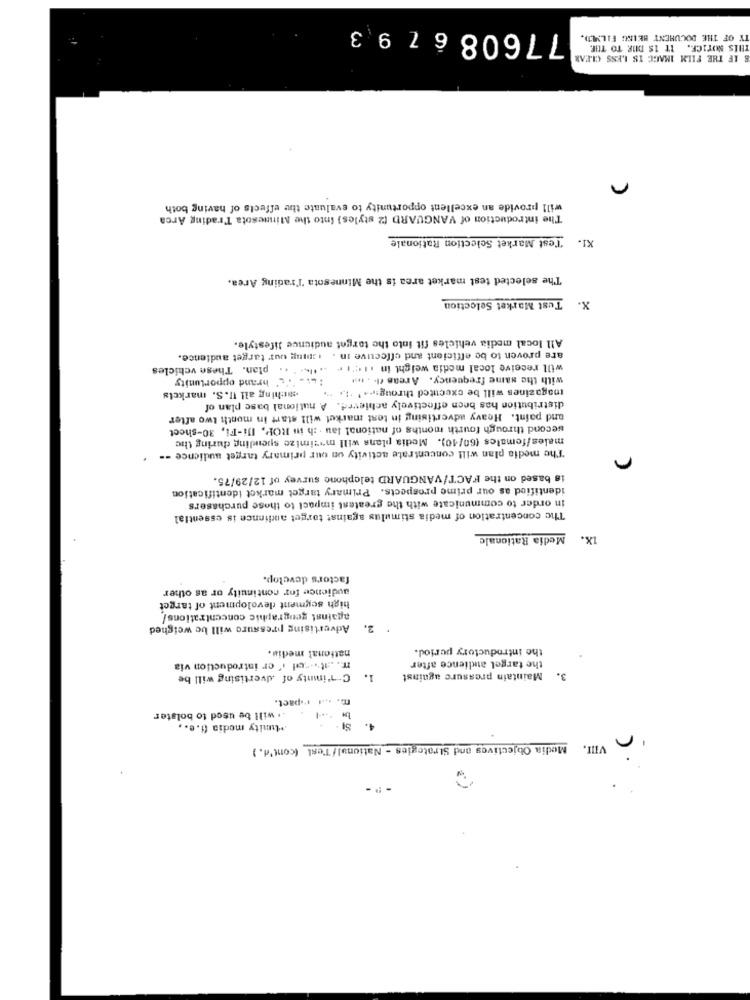
77608679
TY OF THE DOCUMENT BEING FILMED.
THIS NOTICE. IT IS DUE TO THE.
8 IF THE FILM IMAGE IS LESS CLEAR
will provide an excellent opportunity to evaluate the effects of having both
The introduction of VANGUARD (2 styles) into the Minnesota Trading Arca
. Test Market Selection Rationale
The selected test market area is the Minnesota Trading Area.
Tust Market Selection
X.
All local media vehicles fit into the torget audience lifestyle.
are proven to be efficient and effecuve in . smug uur target audience.
will receive local media weight in it 'tr ...... . .. plan. These vehicles
:... . L' brand opportunity
with the same frequency. Areas (l. .
magazines will be cxecuted throug .... ' .... ..
watching all I. S. markets
distribution has been effectively achieved. A national base plan of
and paint. Heavy advertising in test market will start in month two after
second through fourth months of national lau . ; h in ROP. Ili-Fi, 30-sheet
males/females (60/40). Media plans will masimize spending during the
The media plan will concentrate activity on our primary target audience =-
is based on the FACT/VANGUARD telephone survey of 12/29/75.
identified as our prime prospects. Primary target market identification
in order to communicate with the greatest impact to those purchasers
The concentration of media stimulus against torget audience is essential
Media Rationale
1X.
factors develop.
audience for continuity or as other
high segment development of target
against geographic concentrations/
Advertising pressure will be weighed
2.
national media.
the introductory period.
the target audience after
m .. .... rel .'er introduction via
C-1'ininty of dvertising will be
1.
Maintain pressure against
3.
m. ... .. pact.
.. will be used to bolster
MLunity media di.e .,
Media Objectives and Strategies - National/Test (cont'd. )
VIII.